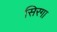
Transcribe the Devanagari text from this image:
सिरगा